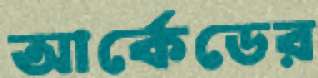
আর্কেডের